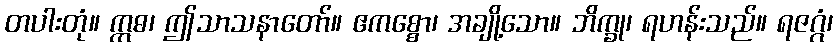
တပါးတုံ။ ဣဓ၊ ဤသာသနာတော်။ ဧကစ္စော၊ အချို့သော။ ဘိက္ခု၊ ရဟန်းသည်။ ရဇဂ္ဂံ၊